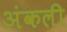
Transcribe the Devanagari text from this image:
अंकली